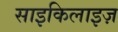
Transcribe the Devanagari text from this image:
साइकिलाइज़